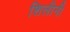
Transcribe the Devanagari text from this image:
शिलीनी